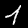
Digit: 1